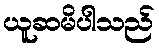
ယူဆမိပါသည်